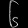
Digit: ၆